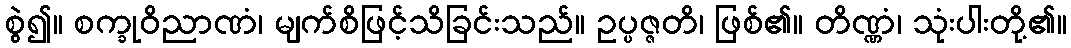
စွဲ၍။ စက္ခုဝိညာဏံ၊ မျက်စိဖြင့်သိခြင်းသည်။ ဥပ္ပဇ္ဇတိ၊ ဖြစ်၏။ တိဏ္ဏံ၊ သုံးပါးတို့၏။